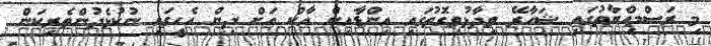
މި ރަސްމިއްޔާތުގައި ޝަހާރޭ ވިދާޅުވިގޮތުގައި އިންޑާއިން އާކް އަށް ދިން އެހީގައި ނުކުޅެދުންތެރިކަން